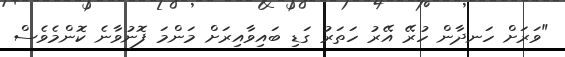
"ވަރަށް ހަނދާން ހުރޭ އޭރު ހަތަރު ގަޑި ބައިވާއިރަށް މަންމަ ފޮނުވާނެ ކޮންމެވެސް